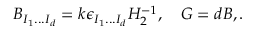
{ \cal B } _ { I _ { 1 } . . . I _ { d } } = k \epsilon _ { I _ { 1 } . . . I _ { d } } H _ { 2 } ^ { - 1 } , ~ ~ ~ G = d { \cal B } , .